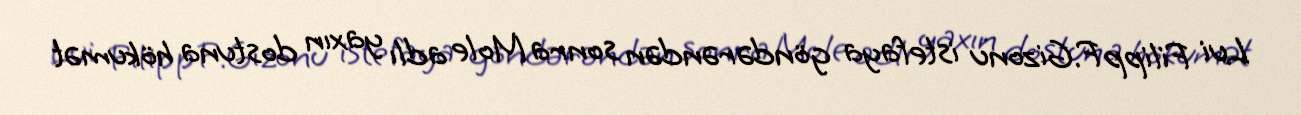
Lui Filipp F.Gizonu istefaya göndərəndən sonra Mole adlı yaxın dostuna hökumət